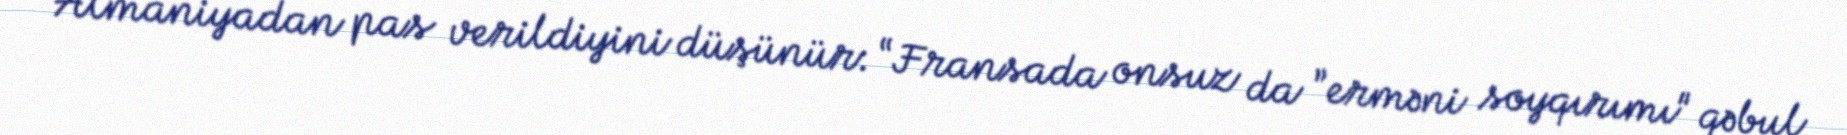
Almaniyadan pas verildiyini düşünür: “Fransada onsuz da ”erməni soyqırımı" qəbul